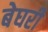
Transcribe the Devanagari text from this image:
बेघरी